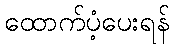
ထောက်ပံ့ပေးရန်